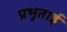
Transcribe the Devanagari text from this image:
प्रभुताई